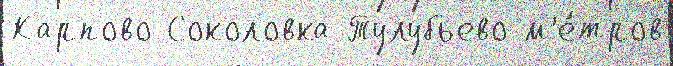
Карпово Соколовка Тулубьево м'е́тров